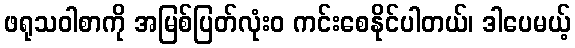
ဖရုသဝါစာကို အမြစ်ပြတ်လုံးဝ ကင်းစေနိုင်ပါတယ်၊ ဒါပေမယ့်